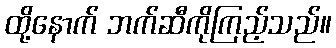
ထို့နောက် ဘက်ဆီကိုကြည့်သည်။